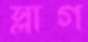
স্লাগ